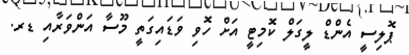
ޕޮލިސީ އެންޑް ލީގަލް ކޮމިޓީ އަށް ހޮވި ވަޑައިގަތީ މޫސާ އަންވަރާއި ޑރ.